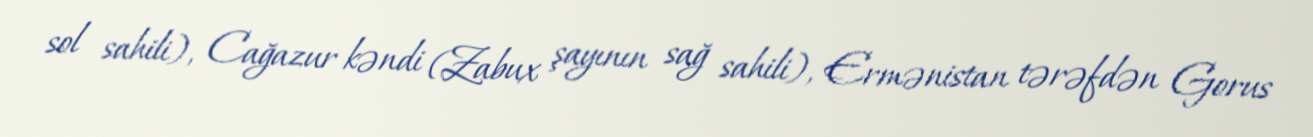
sol sahili), Cağazur kəndi (Zabux şayının sağ sahili), Ermənistan tərəfdən Gorus